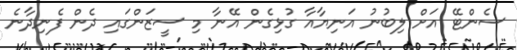
ސެންޓޭ އަށް ލިބުނު އަނިޔާއާ ގުޅިގެން އޭނާ މި ސީޒަންގައި ދެން ފެނިދާނެ